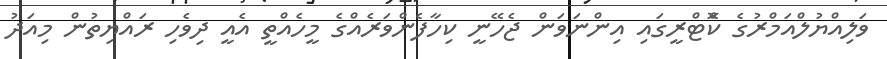
ވަލިއްޔުލްއަމްރުގެ ކޮްޓްރީގައި އިންނަވަން ޖެހޭނީ ކިހާފެންވަރެއްގެ މީހެއްތީ އެއީ ދިވެހި ރައްޔިތުން މިއަދު